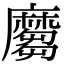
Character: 𪎪